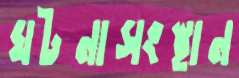
ঘটনাসংস্থান